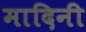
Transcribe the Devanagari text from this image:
मादिनी